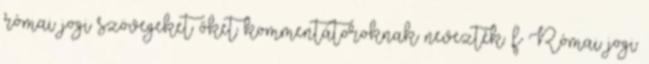
római jogi szövegeket őket kommentátoroknak nevezték. f Római jogi